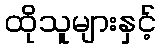
ထိုသူများနှင့်